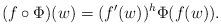
\begin{align*}(f\circ\Phi)(w)=(f^{\prime}(w))^h\Phi(f(w)).\end{align*}